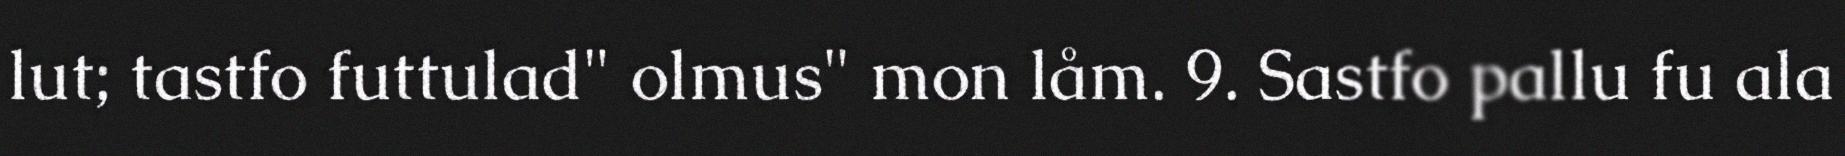
lut; tastfo futtulad" olmus" mon låm. 9. Sastfo pallu fu ala